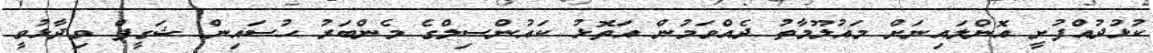
ކުޅުދުއްފުށީ އޮންލައިނަށް މައުލޫމާތު ދެއްވަމުން އަތޮޅު ކައުންސިލްގެ މެންބަރު ހުސައިން ޝަގީފް ވިދާޅުވީ